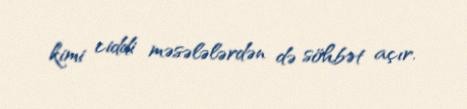
kimi ciddi məsələlərdən də söhbət açır.